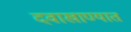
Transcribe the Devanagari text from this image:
दवाखाण्यात